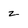
Character: z